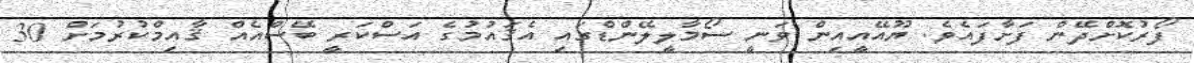
ފޯރުކޮށްދޭން ފަށާފައެވެ. ޔޫއޭއީއިން ވަނީ ސޯމާލީލޭންޑްގައި އެޤައުމުގެ އަސްކަރީ ބޭސްއެއް ޤާއިމްކުރުމަށް 30